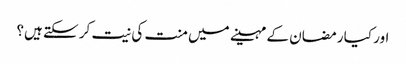
اور کیا رمضان کے مہینے میں منت کی نیت کر سکتے ہیں؟